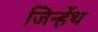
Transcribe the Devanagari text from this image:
जिन्हेंथ